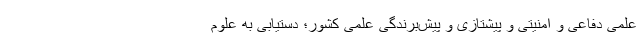
علمی دفاعی و امنیتی و پیشتازی و پیش­برندگی علمی کشور؛ دستیابی به علوم